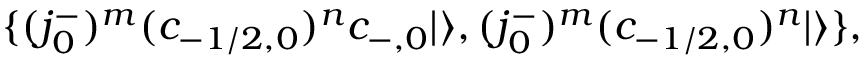
\{ ( j _ { 0 } ^ { - } ) ^ { m } ( c _ { - 1 / 2 , 0 } ) ^ { n } c _ { - , 0 } | \rangle , ( j _ { 0 } ^ { - } ) ^ { m } ( c _ { - 1 / 2 , 0 } ) ^ { n } | \rangle \} ,